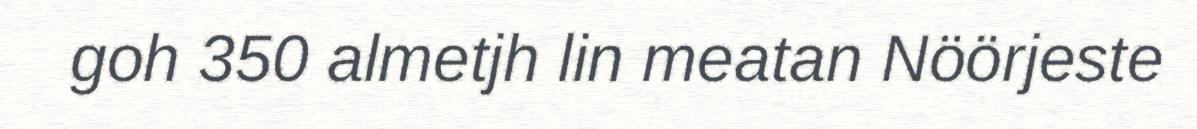
goh 350 almetjh lin meatan Nöörjeste